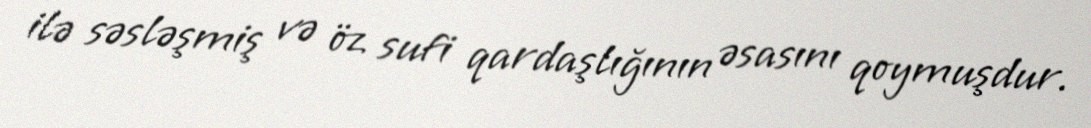
ilə səsləşmiş və öz sufi qardaşlığının əsasını qoymuşdur.